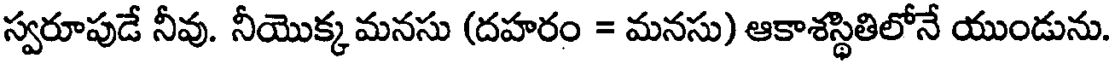
స్వరూపుడే నీవు. నీయొక్క మనసు (దహరం = మనసు) ఆకాశస్థితిలోనే యుండును.